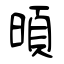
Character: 暊